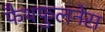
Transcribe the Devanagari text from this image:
फैथफुलनेस